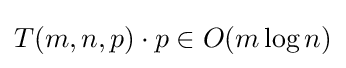
T(m,n,p)\cdot p\in O(m\log n)